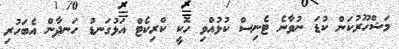
މަޝްހޫރުކަން ކުޑަ ނުވާނެ ޓެނިސް ކުޅުއްވި ހޮކީ ކްރިކެޓް އަޅުގަނޑު ހަނދާން އެބަހުރި